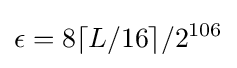
\epsilon =8\lceil L/16\rceil /2^{106}